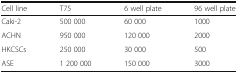
<table><thead><tr><td><b>Cell line</b></td><td><b>T75</b></td><td><b>6 well plate</b></td><td><b>96 well plate</b></td></tr></thead><tbody><tr><td>Caki-2</td><td>500 000</td><td>60 000</td><td>1000</td></tr><tr><td>ACHN</td><td>950 000</td><td>120 000</td><td>2000</td></tr><tr><td>HKCSCs</td><td>250 000</td><td>30 000</td><td>500</td></tr><tr><td>ASE</td><td>1 200 000</td><td>150 000</td><td>3000</td></tr></tbody></table>